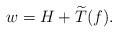
LaTeX: \begin{align*}w = H + \widetilde{T}(f).\end{align*}